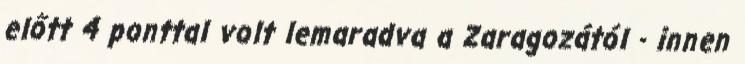
előtt 4 ponttal volt lemaradva a Zaragozától - innen